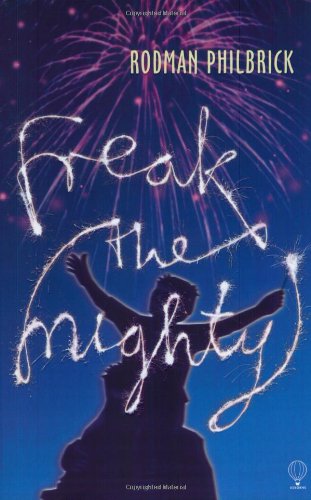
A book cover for Freak the Mighty; Rodman Philbrick; Teen & Young Adult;